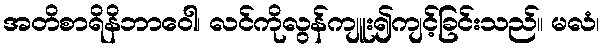
အတိစာရိနိဘာဝေါ၊ လင်ကိုလွန်ကျူး၍ကျင့်ခြင်းသည်။ မလံ၊